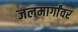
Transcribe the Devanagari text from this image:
जलमार्गांवर